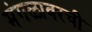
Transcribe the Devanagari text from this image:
मंगळावरची